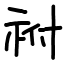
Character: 祔